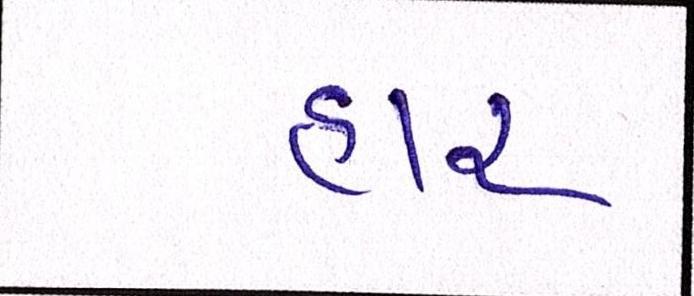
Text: હાર